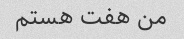
من هفت هستم